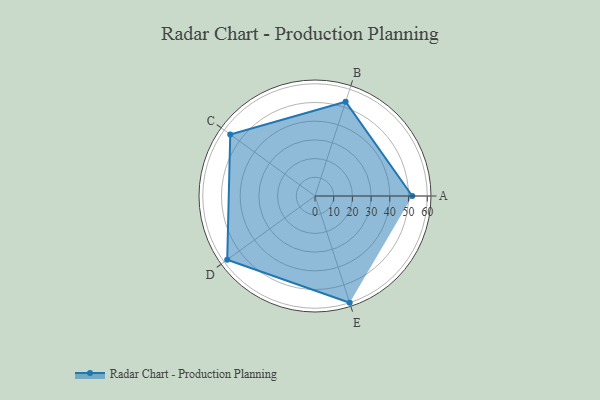
{"axis": {"x": "Skill", "y": "Score"}, "legend": ["Profile"], "data": [{"x": "A", "y": 52.0, "type": "Profile"}, {"x": "B", "y": 53.0, "type": "Profile"}, {"x": "C", "y": 56.0, "type": "Profile"}, {"x": "D", "y": 58.0, "type": "Profile"}, {"x": "E", "y": 60.0, "type": "Profile"}]}